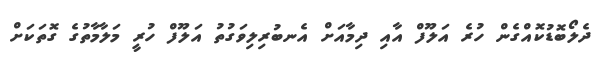
ދެލޯބޮޑުކޮއްގެން ހުރެ އަލޫފް އާއި ދިމާއަށް އެނބުރިލިވަގުތު އަލޫފް ހުރީ މަލާމާތުގެ ގޮތަކަށް